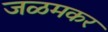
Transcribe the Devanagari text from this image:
जळमकर